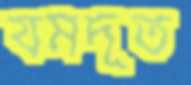
যমদূত